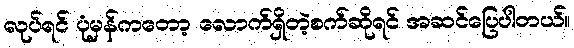
လုပ်ရင် ပုံမှန်ကတော့ လောက်ရှိတဲ့စက်ဆိုရင် အဆင်ပြေပါတယ်။